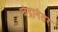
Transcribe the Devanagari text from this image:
चंद्रानंतर